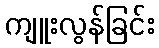
ကျူးလွန်ခြင်း